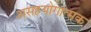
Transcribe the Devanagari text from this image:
असहयोगात्मक